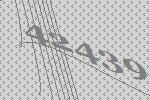
42439